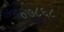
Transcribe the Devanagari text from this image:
०७८६८